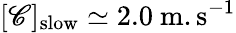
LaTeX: [\mathscr{C}]_{\mathrm{{slow}}}\simeq2.0\ \mathrm{{m.s^{-1}}}